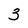
Character: 3